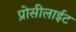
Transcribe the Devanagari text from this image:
प्रोसीलाईट